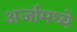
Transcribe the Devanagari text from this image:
अर्जामध्ये